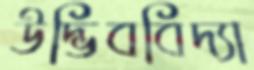
উদ্ভিববিদ্যা